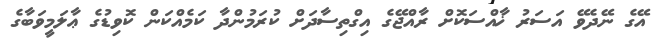
އޭގެ ނޭދެވޭ އަސަރު ޚާއްސަކޮށް ރާއްޖޭގެ އިގްތިސާދަށް ކުރަމުންދާ ކަމެއްކަން ކޮވިޑުގެ ޢާލަމީވަބާގެ